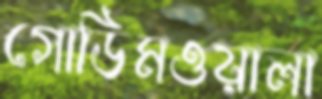
গোডিমওয়ালা